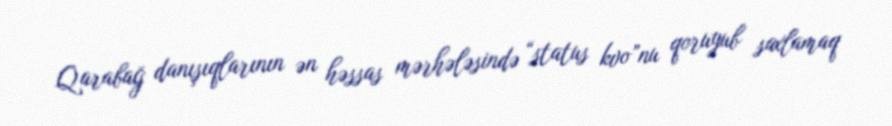
Qarabağ danışıqlarının ən həssas mərhələsində “status kvo”nu qoruyub saxlamaq